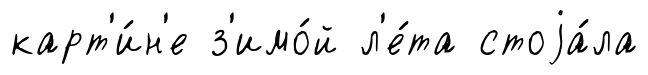
карт'и́н'е з'имо́й л'е́та стоjа́ла